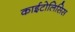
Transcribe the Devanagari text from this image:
काईटोलिसिस